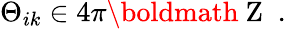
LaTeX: \Theta_{ik}\in 4\pi{\mathrm{\boldmath~Z~}}\; .